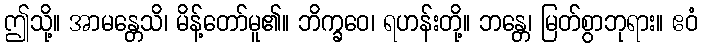
ဤသို့။ အာမန္တေသိ၊ မိန့်တော်မူ၏။ ဘိက္ခဝေ၊ ရဟန်းတို့။ ဘန္တေ၊ မြတ်စွာဘုရား။ ဧဝံ